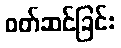
ဝတ်ဆင်ခြင်း